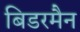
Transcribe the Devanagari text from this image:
बिडरमैन